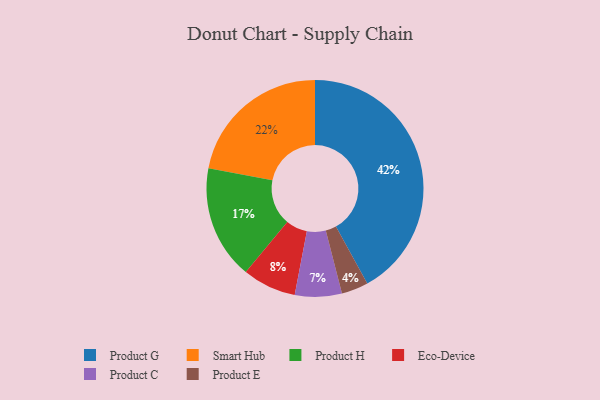
{"axis": {"x": "Category", "y": "Percentage"}, "legend": ["Eco-Device", "Product C", "Product E", "Product G", "Product H", "Smart Hub"], "data": [{"x": "Product G", "y": 42, "type": "Product G"}, {"x": "Product C", "y": 7, "type": "Product C"}, {"x": "Eco-Device", "y": 8, "type": "Eco-Device"}, {"x": "Smart Hub", "y": 22, "type": "Smart Hub"}, {"x": "Product E", "y": 4, "type": "Product E"}, {"x": "Product H", "y": 17, "type": "Product H"}]}